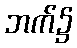
ဘက်၌